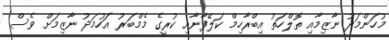
މުހަންމަދު ނާޒިމާއި ތޮލްހަތު އިބްރާހިމް ކަލޭފާނާއި ކުރީގެ މެމްބަރު އަހުމަދު ނާޒިމަށް ވެސް